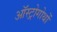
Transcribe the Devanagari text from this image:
ऑस्ट्रोगोथों